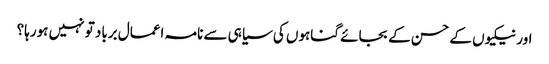
اور نیکیوں کے حسن کے بجائے گناہوں کی سیاہی سے نامہ اعمال برباد تو نہیں ہورہا؟